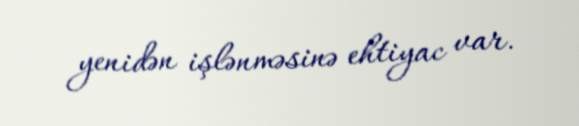
yenidən işlənməsinə ehtiyac var.